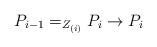
LaTeX: \begin{align*}P_{i-1}=_{Z_{(i)}}P_i\rightarrow P_i\end{align*}